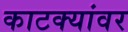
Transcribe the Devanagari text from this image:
काटक्यांवर